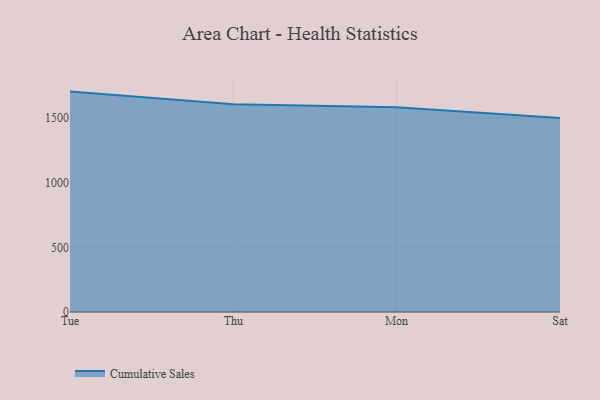
{"axis": {"x": "Day", "y": "Headcount"}, "legend": ["Cumulative Sales"], "data": [{"x": "Tue", "y": 1704.0, "type": "Cumulative Sales"}, {"x": "Thu", "y": 1606.8, "type": "Cumulative Sales"}, {"x": "Mon", "y": 1583.2, "type": "Cumulative Sales"}, {"x": "Sat", "y": 1500.8, "type": "Cumulative Sales"}]}